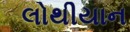
લોથીયાન